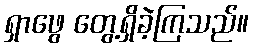
ရှာဖွေ တွေ့ရှိခဲ့ကြသည်။